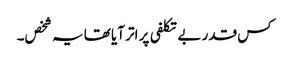
کس قدر بے تکلفی پر اتر آیا تھا یہ شخص۔